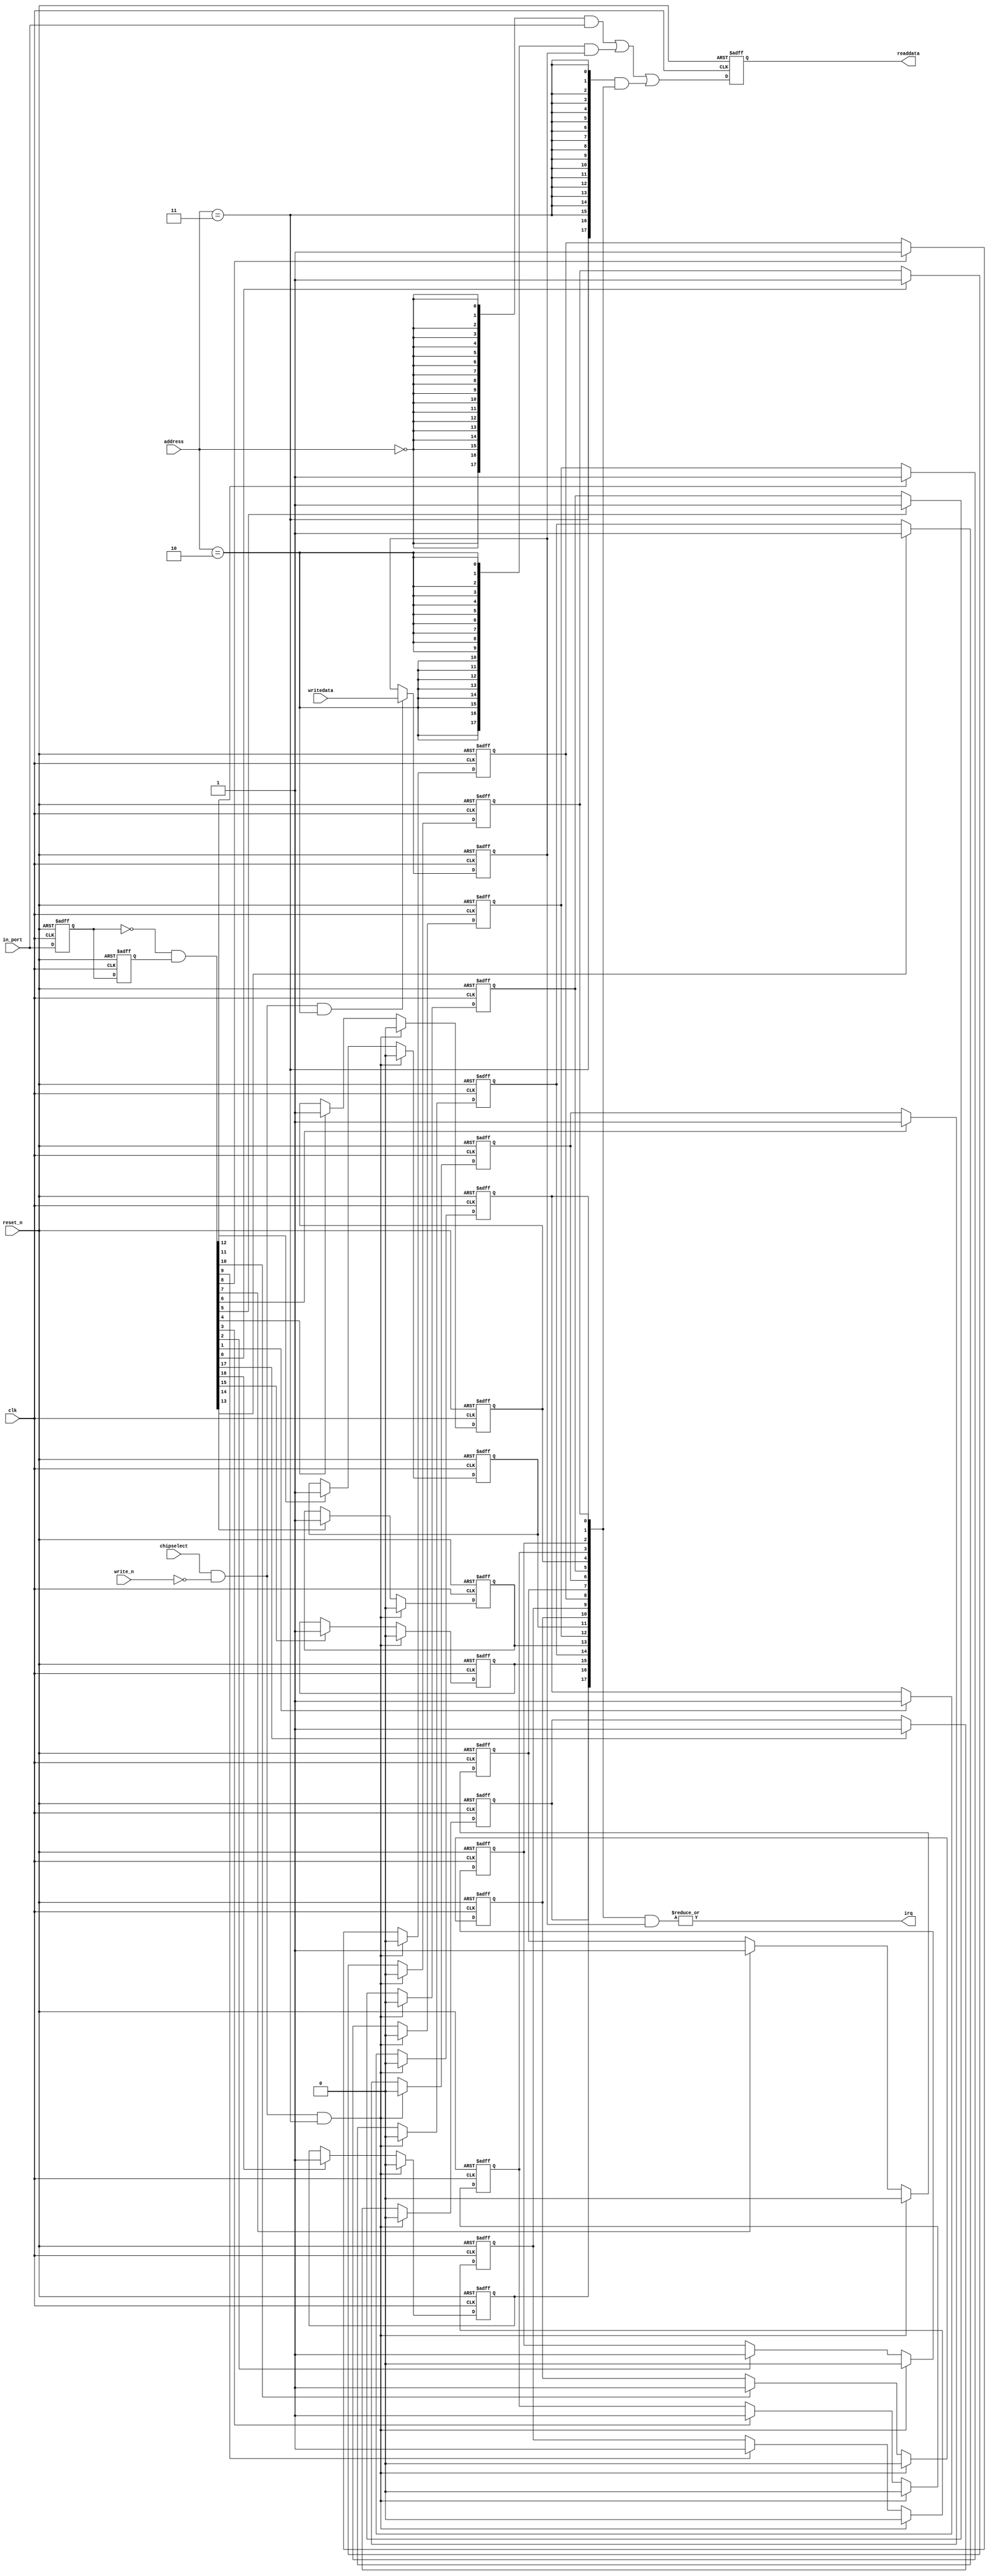
//Legal Notice: (C)2010 Altera Corporation. All rights reserved.  Your
//use of Altera Corporation's design tools, logic functions and other
//software and tools, and its AMPP partner logic functions, and any
//output files any of the foregoing (including device programming or
//simulation files), and any associated documentation or information are
//expressly subject to the terms and conditions of the Altera Program
//License Subscription Agreement or other applicable license agreement,
//including, without limitation, that your use is for the sole purpose
//of programming logic devices manufactured by Altera and sold by Altera
//or its authorized distributors.  Please refer to the applicable
//agreement for further details.

// synthesis translate_off
`timescale 1ns / 1ps
// synthesis translate_on

// turn off superfluous verilog processor warnings 
// altera message_level Level1 
// altera message_off 10034 10035 10036 10037 10230 10240 10030 

module sw (
            // inputs:
             address,
             chipselect,
             clk,
             in_port,
             reset_n,
             write_n,
             writedata,

            // outputs:
             irq,
             readdata
          )
;

  output           irq;
  output  [ 17: 0] readdata;
  input   [  1: 0] address;
  input            chipselect;
  input            clk;
  input   [ 17: 0] in_port;
  input            reset_n;
  input            write_n;
  input   [ 17: 0] writedata;

  wire             clk_en;
  reg     [ 17: 0] d1_data_in;
  reg     [ 17: 0] d2_data_in;
  wire    [ 17: 0] data_in;
  reg     [ 17: 0] edge_capture;
  wire             edge_capture_wr_strobe;
  wire    [ 17: 0] edge_detect;
  wire             irq;
  reg     [ 17: 0] irq_mask;
  wire    [ 17: 0] read_mux_out;
  reg     [ 17: 0] readdata;
  assign clk_en = 1;
  //s1, which is an e_avalon_slave
  assign read_mux_out = ({18 {(address == 0)}} & data_in) |
    ({18 {(address == 2)}} & irq_mask) |
    ({18 {(address == 3)}} & edge_capture);

  always @(posedge clk or negedge reset_n)
    begin
      if (reset_n == 0)
          readdata <= 0;
      else if (clk_en)
          readdata <= read_mux_out;
    end


  assign data_in = in_port;
  always @(posedge clk or negedge reset_n)
    begin
      if (reset_n == 0)
          irq_mask <= 0;
      else if (chipselect && ~write_n && (address == 2))
          irq_mask <= writedata[17 : 0];
    end


  assign irq = |(edge_capture & irq_mask);
  assign edge_capture_wr_strobe = chipselect && ~write_n && (address == 3);
  always @(posedge clk or negedge reset_n)
    begin
      if (reset_n == 0)
          edge_capture[0] <= 0;
      else if (clk_en)
          if (edge_capture_wr_strobe)
              edge_capture[0] <= 0;
          else if (edge_detect[0])
              edge_capture[0] <= -1;
    end


  always @(posedge clk or negedge reset_n)
    begin
      if (reset_n == 0)
          edge_capture[1] <= 0;
      else if (clk_en)
          if (edge_capture_wr_strobe)
              edge_capture[1] <= 0;
          else if (edge_detect[1])
              edge_capture[1] <= -1;
    end


  always @(posedge clk or negedge reset_n)
    begin
      if (reset_n == 0)
          edge_capture[2] <= 0;
      else if (clk_en)
          if (edge_capture_wr_strobe)
              edge_capture[2] <= 0;
          else if (edge_detect[2])
              edge_capture[2] <= -1;
    end


  always @(posedge clk or negedge reset_n)
    begin
      if (reset_n == 0)
          edge_capture[3] <= 0;
      else if (clk_en)
          if (edge_capture_wr_strobe)
              edge_capture[3] <= 0;
          else if (edge_detect[3])
              edge_capture[3] <= -1;
    end


  always @(posedge clk or negedge reset_n)
    begin
      if (reset_n == 0)
          edge_capture[4] <= 0;
      else if (clk_en)
          if (edge_capture_wr_strobe)
              edge_capture[4] <= 0;
          else if (edge_detect[4])
              edge_capture[4] <= -1;
    end


  always @(posedge clk or negedge reset_n)
    begin
      if (reset_n == 0)
          edge_capture[5] <= 0;
      else if (clk_en)
          if (edge_capture_wr_strobe)
              edge_capture[5] <= 0;
          else if (edge_detect[5])
              edge_capture[5] <= -1;
    end


  always @(posedge clk or negedge reset_n)
    begin
      if (reset_n == 0)
          edge_capture[6] <= 0;
      else if (clk_en)
          if (edge_capture_wr_strobe)
              edge_capture[6] <= 0;
          else if (edge_detect[6])
              edge_capture[6] <= -1;
    end


  always @(posedge clk or negedge reset_n)
    begin
      if (reset_n == 0)
          edge_capture[7] <= 0;
      else if (clk_en)
          if (edge_capture_wr_strobe)
              edge_capture[7] <= 0;
          else if (edge_detect[7])
              edge_capture[7] <= -1;
    end


  always @(posedge clk or negedge reset_n)
    begin
      if (reset_n == 0)
          edge_capture[8] <= 0;
      else if (clk_en)
          if (edge_capture_wr_strobe)
              edge_capture[8] <= 0;
          else if (edge_detect[8])
              edge_capture[8] <= -1;
    end


  always @(posedge clk or negedge reset_n)
    begin
      if (reset_n == 0)
          edge_capture[9] <= 0;
      else if (clk_en)
          if (edge_capture_wr_strobe)
              edge_capture[9] <= 0;
          else if (edge_detect[9])
              edge_capture[9] <= -1;
    end


  always @(posedge clk or negedge reset_n)
    begin
      if (reset_n == 0)
          edge_capture[10] <= 0;
      else if (clk_en)
          if (edge_capture_wr_strobe)
              edge_capture[10] <= 0;
          else if (edge_detect[10])
              edge_capture[10] <= -1;
    end


  always @(posedge clk or negedge reset_n)
    begin
      if (reset_n == 0)
          edge_capture[11] <= 0;
      else if (clk_en)
          if (edge_capture_wr_strobe)
              edge_capture[11] <= 0;
          else if (edge_detect[11])
              edge_capture[11] <= -1;
    end


  always @(posedge clk or negedge reset_n)
    begin
      if (reset_n == 0)
          edge_capture[12] <= 0;
      else if (clk_en)
          if (edge_capture_wr_strobe)
              edge_capture[12] <= 0;
          else if (edge_detect[12])
              edge_capture[12] <= -1;
    end


  always @(posedge clk or negedge reset_n)
    begin
      if (reset_n == 0)
          edge_capture[13] <= 0;
      else if (clk_en)
          if (edge_capture_wr_strobe)
              edge_capture[13] <= 0;
          else if (edge_detect[13])
              edge_capture[13] <= -1;
    end


  always @(posedge clk or negedge reset_n)
    begin
      if (reset_n == 0)
          edge_capture[14] <= 0;
      else if (clk_en)
          if (edge_capture_wr_strobe)
              edge_capture[14] <= 0;
          else if (edge_detect[14])
              edge_capture[14] <= -1;
    end


  always @(posedge clk or negedge reset_n)
    begin
      if (reset_n == 0)
          edge_capture[15] <= 0;
      else if (clk_en)
          if (edge_capture_wr_strobe)
              edge_capture[15] <= 0;
          else if (edge_detect[15])
              edge_capture[15] <= -1;
    end


  always @(posedge clk or negedge reset_n)
    begin
      if (reset_n == 0)
          edge_capture[16] <= 0;
      else if (clk_en)
          if (edge_capture_wr_strobe)
              edge_capture[16] <= 0;
          else if (edge_detect[16])
              edge_capture[16] <= -1;
    end


  always @(posedge clk or negedge reset_n)
    begin
      if (reset_n == 0)
          edge_capture[17] <= 0;
      else if (clk_en)
          if (edge_capture_wr_strobe)
              edge_capture[17] <= 0;
          else if (edge_detect[17])
              edge_capture[17] <= -1;
    end


  always @(posedge clk or negedge reset_n)
    begin
      if (reset_n == 0)
        begin
          d1_data_in <= 0;
          d2_data_in <= 0;
        end
      else if (clk_en)
        begin
          d1_data_in <= data_in;
          d2_data_in <= d1_data_in;
        end
    end


  assign edge_detect = ~d1_data_in & d2_data_in;

endmodule